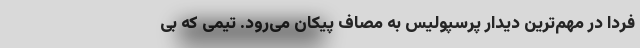
فردا در مهم‌ترین دیدار پرسپولیس به مصاف پیکان می‌‌رود. تیمی که بی